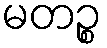
မတဉ္စ